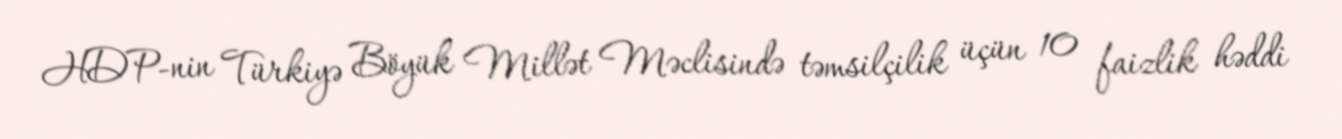
HDP-nin Türkiyə Böyük Millət Məclisində təmsilçilik üçün 10 faizlik həddi